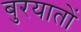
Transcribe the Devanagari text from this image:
बुरयातों